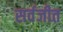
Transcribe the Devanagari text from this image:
सर्वजीत